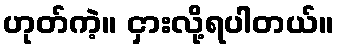
ဟုတ်ကဲ့။ ငှားလို့ရပါတယ်။